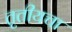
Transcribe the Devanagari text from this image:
तृतीयचा